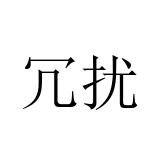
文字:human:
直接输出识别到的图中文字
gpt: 冗扰